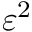
\varepsilon ^ { 2 }